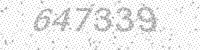
Solution: 647339